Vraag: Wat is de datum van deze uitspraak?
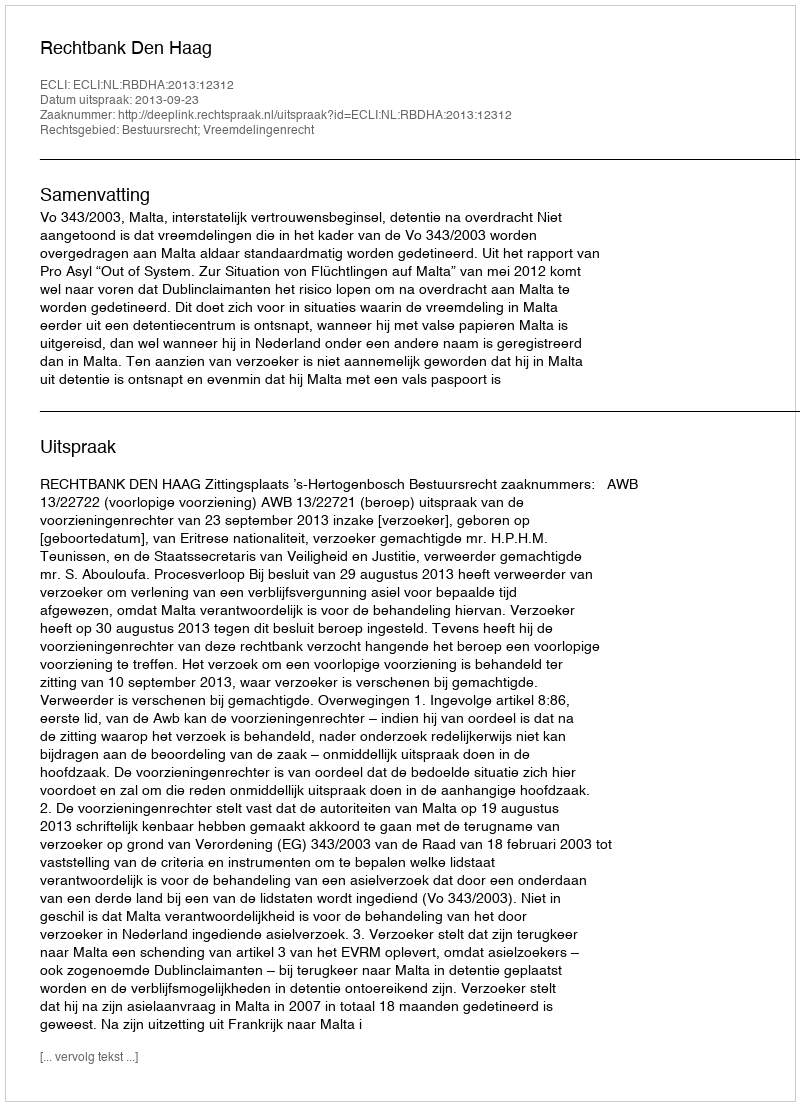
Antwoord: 2013-09-23